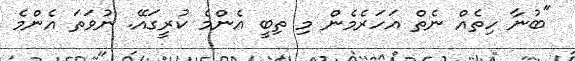
"ބުނާ ހިތެއް ނެތް އަހަރެމެން މި ތިބީ އެންމެ ކުރީގައޭ. ނުވަތަ އެންމެ